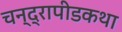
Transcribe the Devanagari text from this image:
चन्द्रापीडकथा